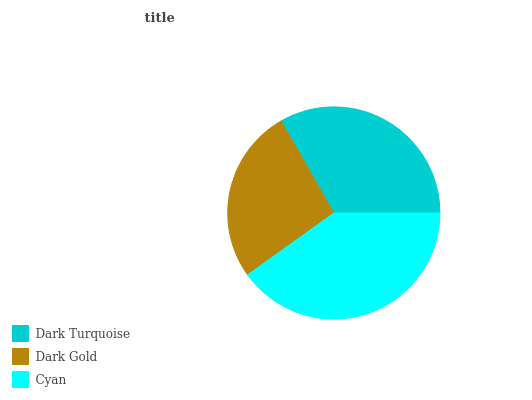
| Dark Turquoise | Dark Gold | Cyan |
 | --- | --- | --- |
 | 33.3% | 26.6% | 40.1% |